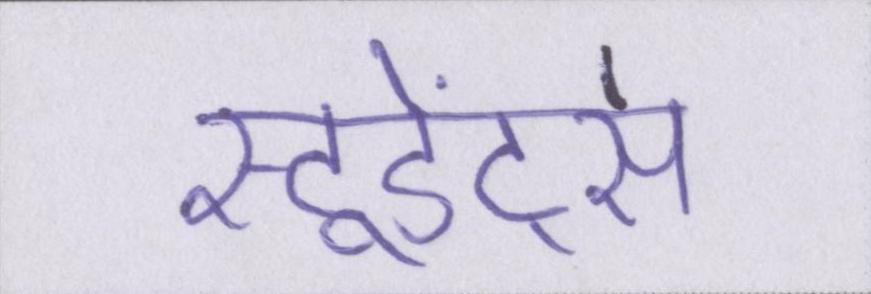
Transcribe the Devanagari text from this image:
स्टूडेंट्स